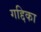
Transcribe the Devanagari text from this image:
गद्दिका